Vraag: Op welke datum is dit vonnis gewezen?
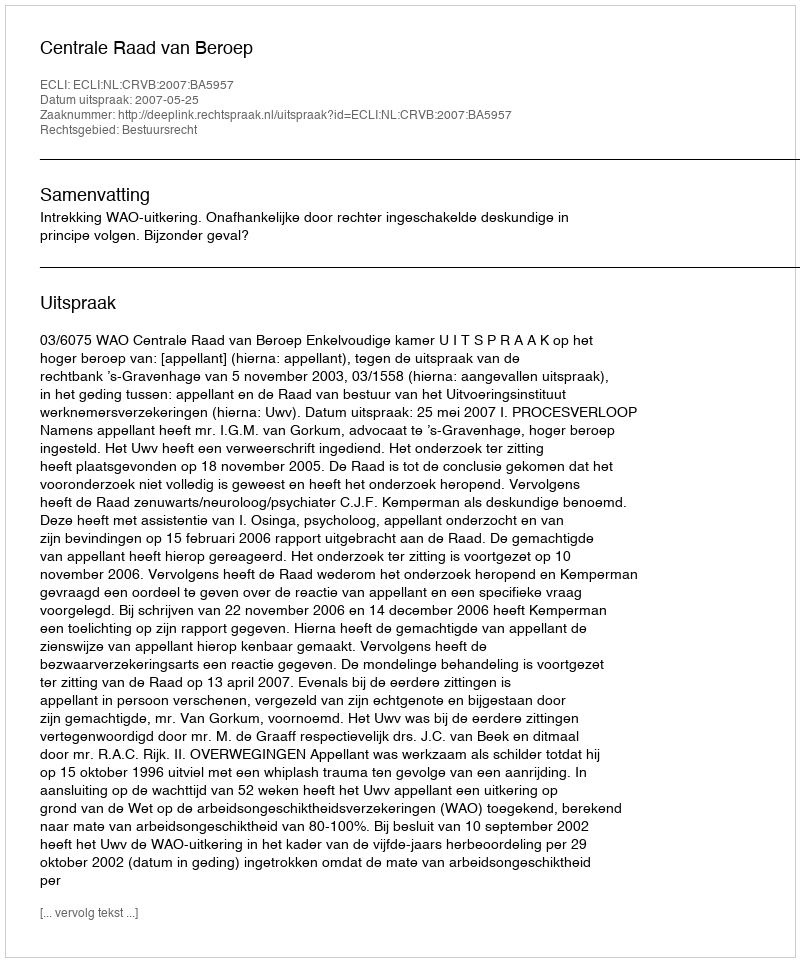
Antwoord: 2007-05-25